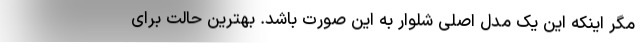
مگر اینکه این یک مدل اصلی شلوار به این صورت باشد. بهترین حالت برای